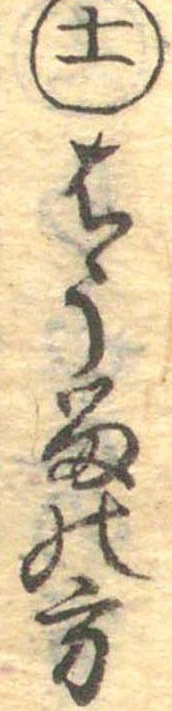
十一はうるの方